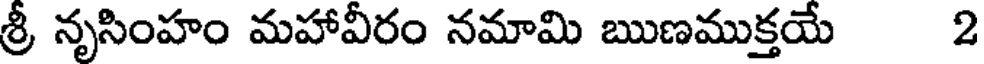
శ్రీ నృసింహం మహావీరం నమామి ఋణముక్తయే 2